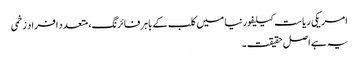
امریکی ریاست کیلیفورنیا میں کلب کے باہر فائرنگ، متعدد افراد زخمی
یہ ہے اصل حقیقت ۔